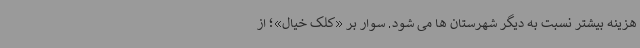
هزینه بیشتر نسبت به دیگر شهرستان ها می شود. سوار بر «کلک خیال»؛ از